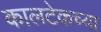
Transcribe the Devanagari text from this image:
कालटेकच्या